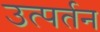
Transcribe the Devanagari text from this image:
उत्पर्तन